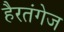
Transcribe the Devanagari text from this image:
हैरतंगेज